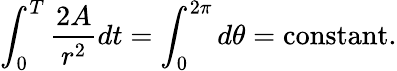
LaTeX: \int_{0}^{T}{\frac{2A}{r^{2}}}dt=\int_{0}^{2\pi}d\theta=\mathrm{constant}.